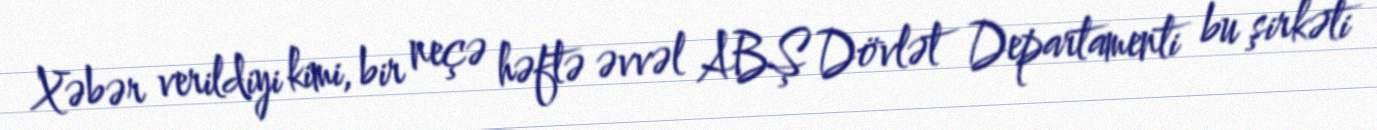
Xəbər verildiyi kimi, bir neçə həftə əvvəl ABŞ Dövlət Departamenti bu şirkəti